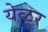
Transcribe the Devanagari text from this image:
येळूर